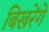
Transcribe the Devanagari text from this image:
बिखरेंगे